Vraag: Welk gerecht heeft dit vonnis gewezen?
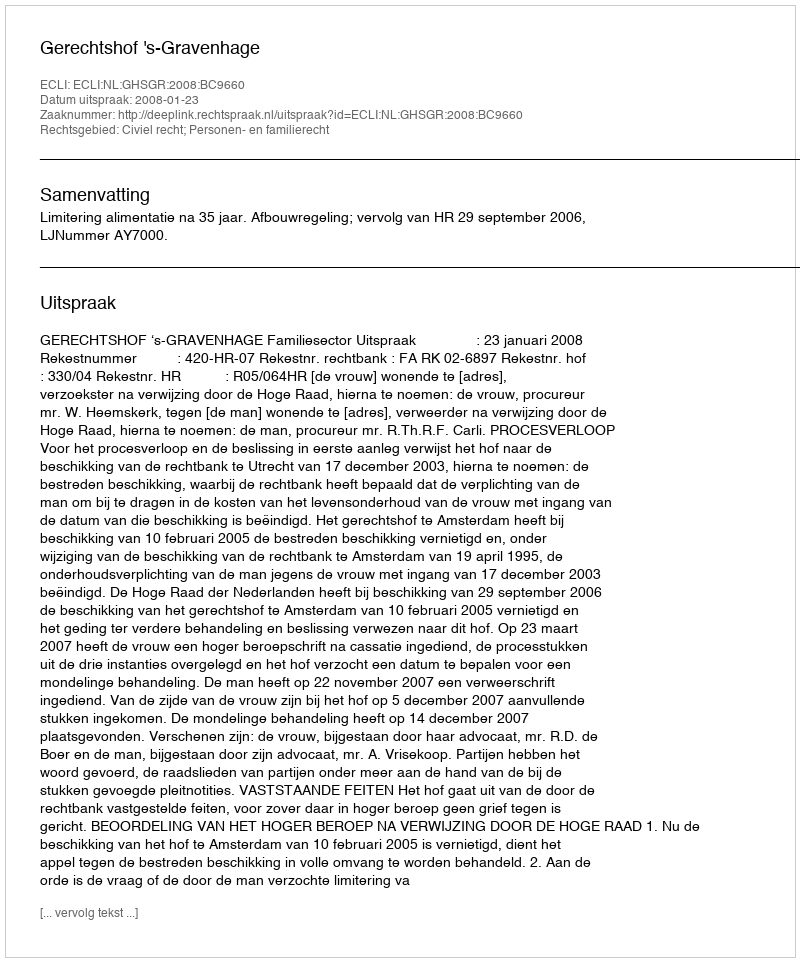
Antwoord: Gerechtshof 's-Gravenhage